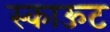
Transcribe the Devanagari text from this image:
स्काऊट